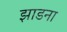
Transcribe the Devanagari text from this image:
झाडना